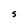
Character: s